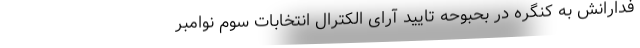
فدارانش به کنگره در بحبوحه تایید آرای الکترال انتخابات سوم نوامبر